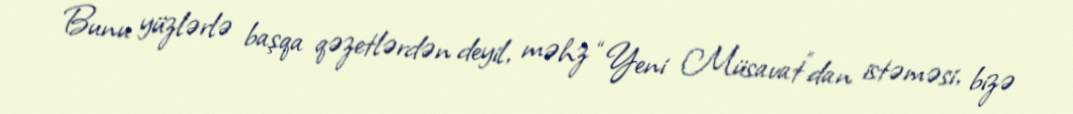
Bunu yüzlərlə başqa qəzetlərdən deyil, məhz “Yeni Müsavat”dan istəməsi, bizə